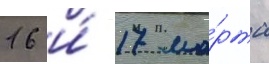
16 и́ 17 ма́рта